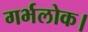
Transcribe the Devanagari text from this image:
गर्भलोक।